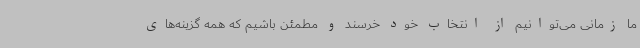
ما زمانی می‌توانیم از انتخاب خود خرسند و مطمئن باشیم که همه گزینه‌های